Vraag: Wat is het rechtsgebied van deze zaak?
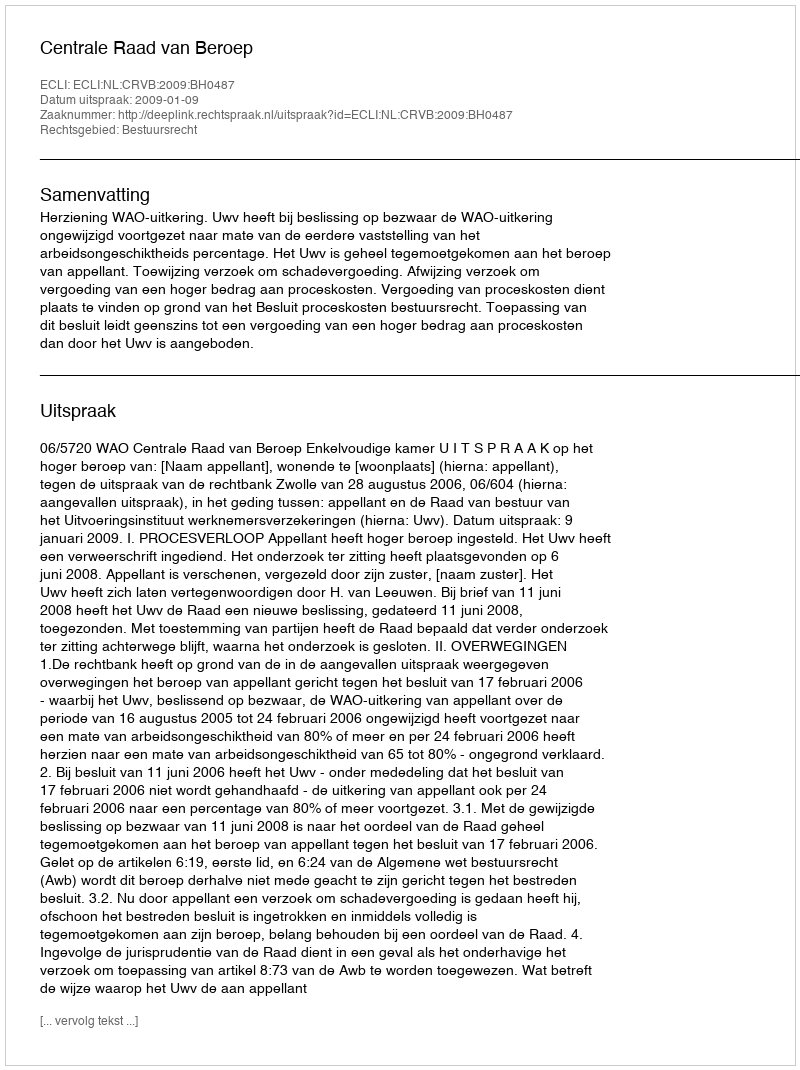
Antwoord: Bestuursrecht